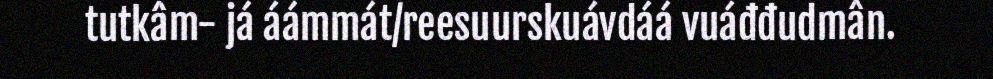
tutkâm- já áámmát/reesuurskuávdáá vuáđđudmân.